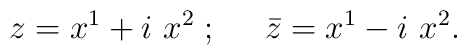
z= x^1+i\ x^2 \; ; \;\;\;\;\; {\bar z}=x^1-i \ x^2.